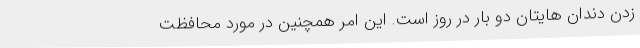
زدن دندان هایتان دو بار در روز است. این امر همچنین در مورد محافظت